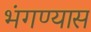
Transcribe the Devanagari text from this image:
भंगण्यास